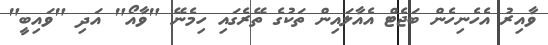
ވާއިރު އެހެނިހެން ބަޖެޓް އެއާލައިން ތަކުގެ ތޭރެގައި ހިމެނޭ "ވާއޯ" އަދި "ވައިބީ"